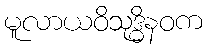
မူလာယဝိသုဒ္ဓိနဝက